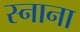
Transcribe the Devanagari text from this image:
स्नाना